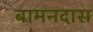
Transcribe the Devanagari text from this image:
बामनदास